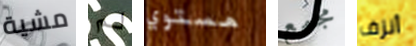
مشية لم مستوي مجمع أنزف